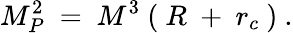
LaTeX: M_{P}^{2}~=~M^{3}~(~R~+~r_{c}~)~.